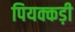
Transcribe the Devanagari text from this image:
पियक्कड़ी